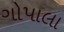
ગોપાલા